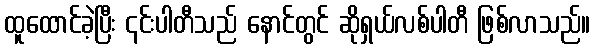
ထူထောင်ခဲ့ပြီး ၎င်းပါတီသည် နောင်တွင် ဆိုရှယ်လစ်ပါတီ ဖြစ်လာသည်။